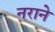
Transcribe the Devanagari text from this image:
नराने